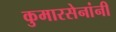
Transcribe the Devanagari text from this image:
कुमारसेनांनी